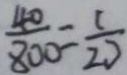
\frac { 4 0 } { 8 0 0 } = \frac { 1 } { 2 0 }